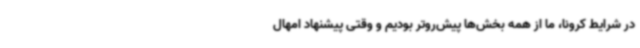
در شرایط کرونا، ما از همه بخش‌ها پیش‌روتر بودیم و وقتی پیشنهاد امهال